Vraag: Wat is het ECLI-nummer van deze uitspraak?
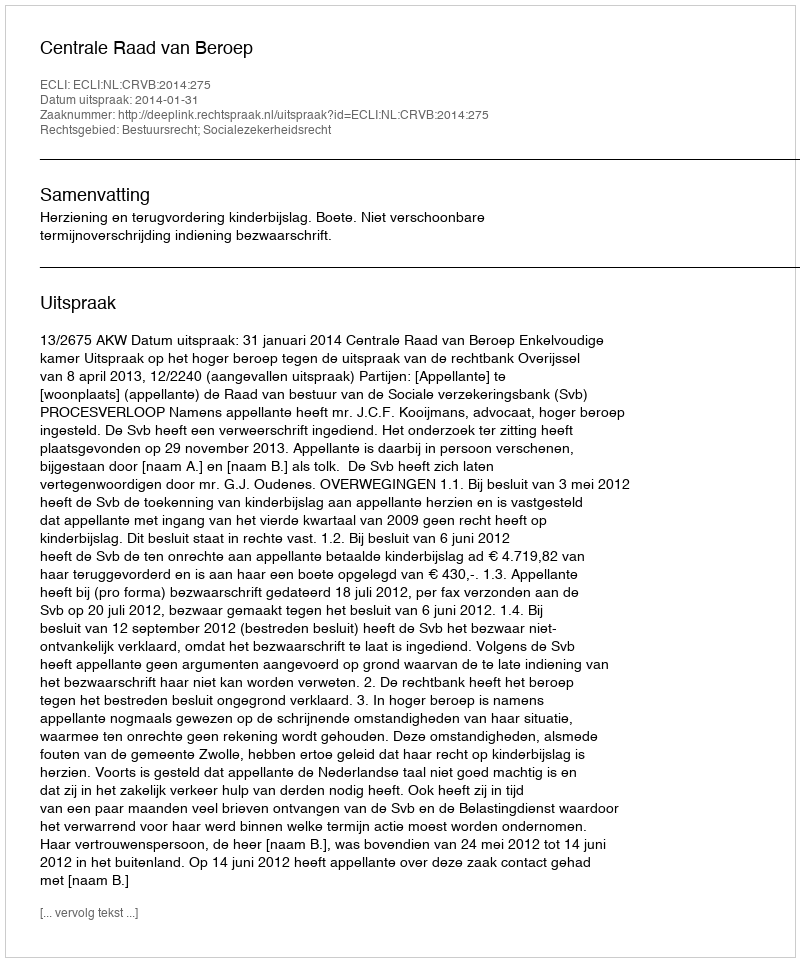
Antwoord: ECLI:NL:CRVB:2014:275